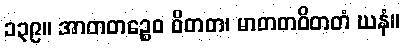
၁၃၉။ အာတတဉ္စေဝ ဝိတတ၊ မာတတဝိတတံ ဃနံ။